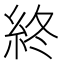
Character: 終